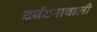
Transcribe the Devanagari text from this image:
दुर्घटनावाली